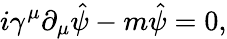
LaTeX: i\gamma^{\mu}\partial_{\mu}\hat{\psi}-m{\hat{\psi}}=0,